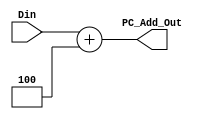
`timescale 1ns / 1ps

module PCADD(
    input [31:0] Din,
    output [31:0] PC_Add_Out
    );
    assign PC_Add_Out = Din + 4;
endmodule